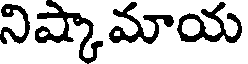
నిష్కామాయ